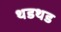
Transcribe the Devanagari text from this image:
थडथड